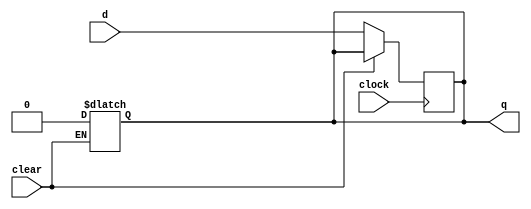
module FDC (d, clock, clear, q);
    input d, clock, clear;
    output reg q;

    always @(posedge clock) begin
        if(clear == 0) begin
            q = d;
        end
    end

    always @(clear) begin
        if(clear == 1) begin
            q = 0;
        end
    end
    
endmodule